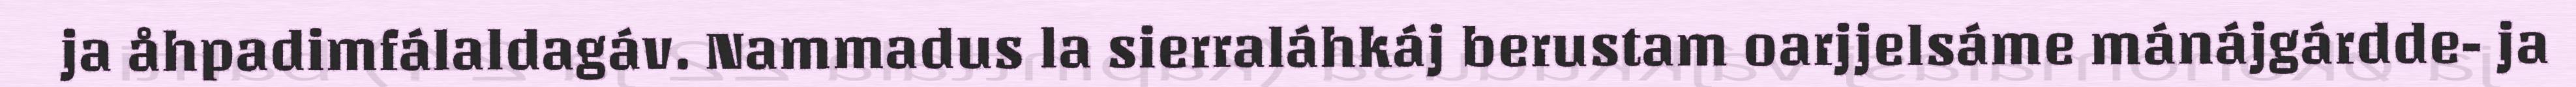
ja åhpadimfálaldagáv. Nammadus la sierraláhkáj berustam oarjjelsáme mánájgárdde- ja